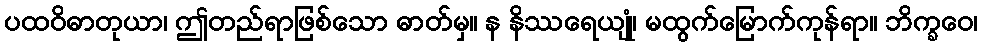
ပထဝိဓာတုယာ၊ ဤတည်ရာဖြစ်သော ဓာတ်မှ။ န နိဿရေယျုံ၊ မထွက်မြောက်ကုန်ရာ။ ဘိက္ခဝေ၊